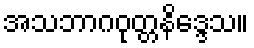
အသဘာဂဝုတ္တနိဒ္ဒေသ။